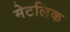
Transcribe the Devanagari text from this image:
मेटलिक